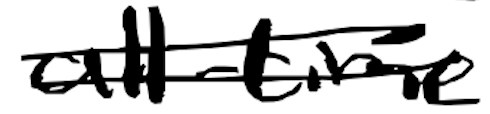
Text: all-time
Cross-out: double-line
Writing tool: digital_black